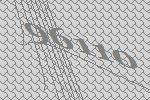
96110